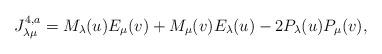
LaTeX: \begin{align*}J^{4,a}_{\lambda\mu} = M_\lambda(u) E_\mu(v) + M_\mu(v) E_\lambda(u)- 2 P_\lambda(u) P_\mu(v),\end{align*}